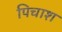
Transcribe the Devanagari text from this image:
पिचाश